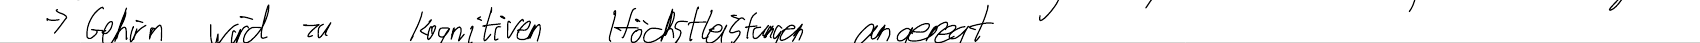
-> Gehin wird zu kognitiven Höchstleistungen angeregt